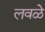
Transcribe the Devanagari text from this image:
लवळे